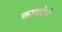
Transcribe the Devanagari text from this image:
कायदेचे